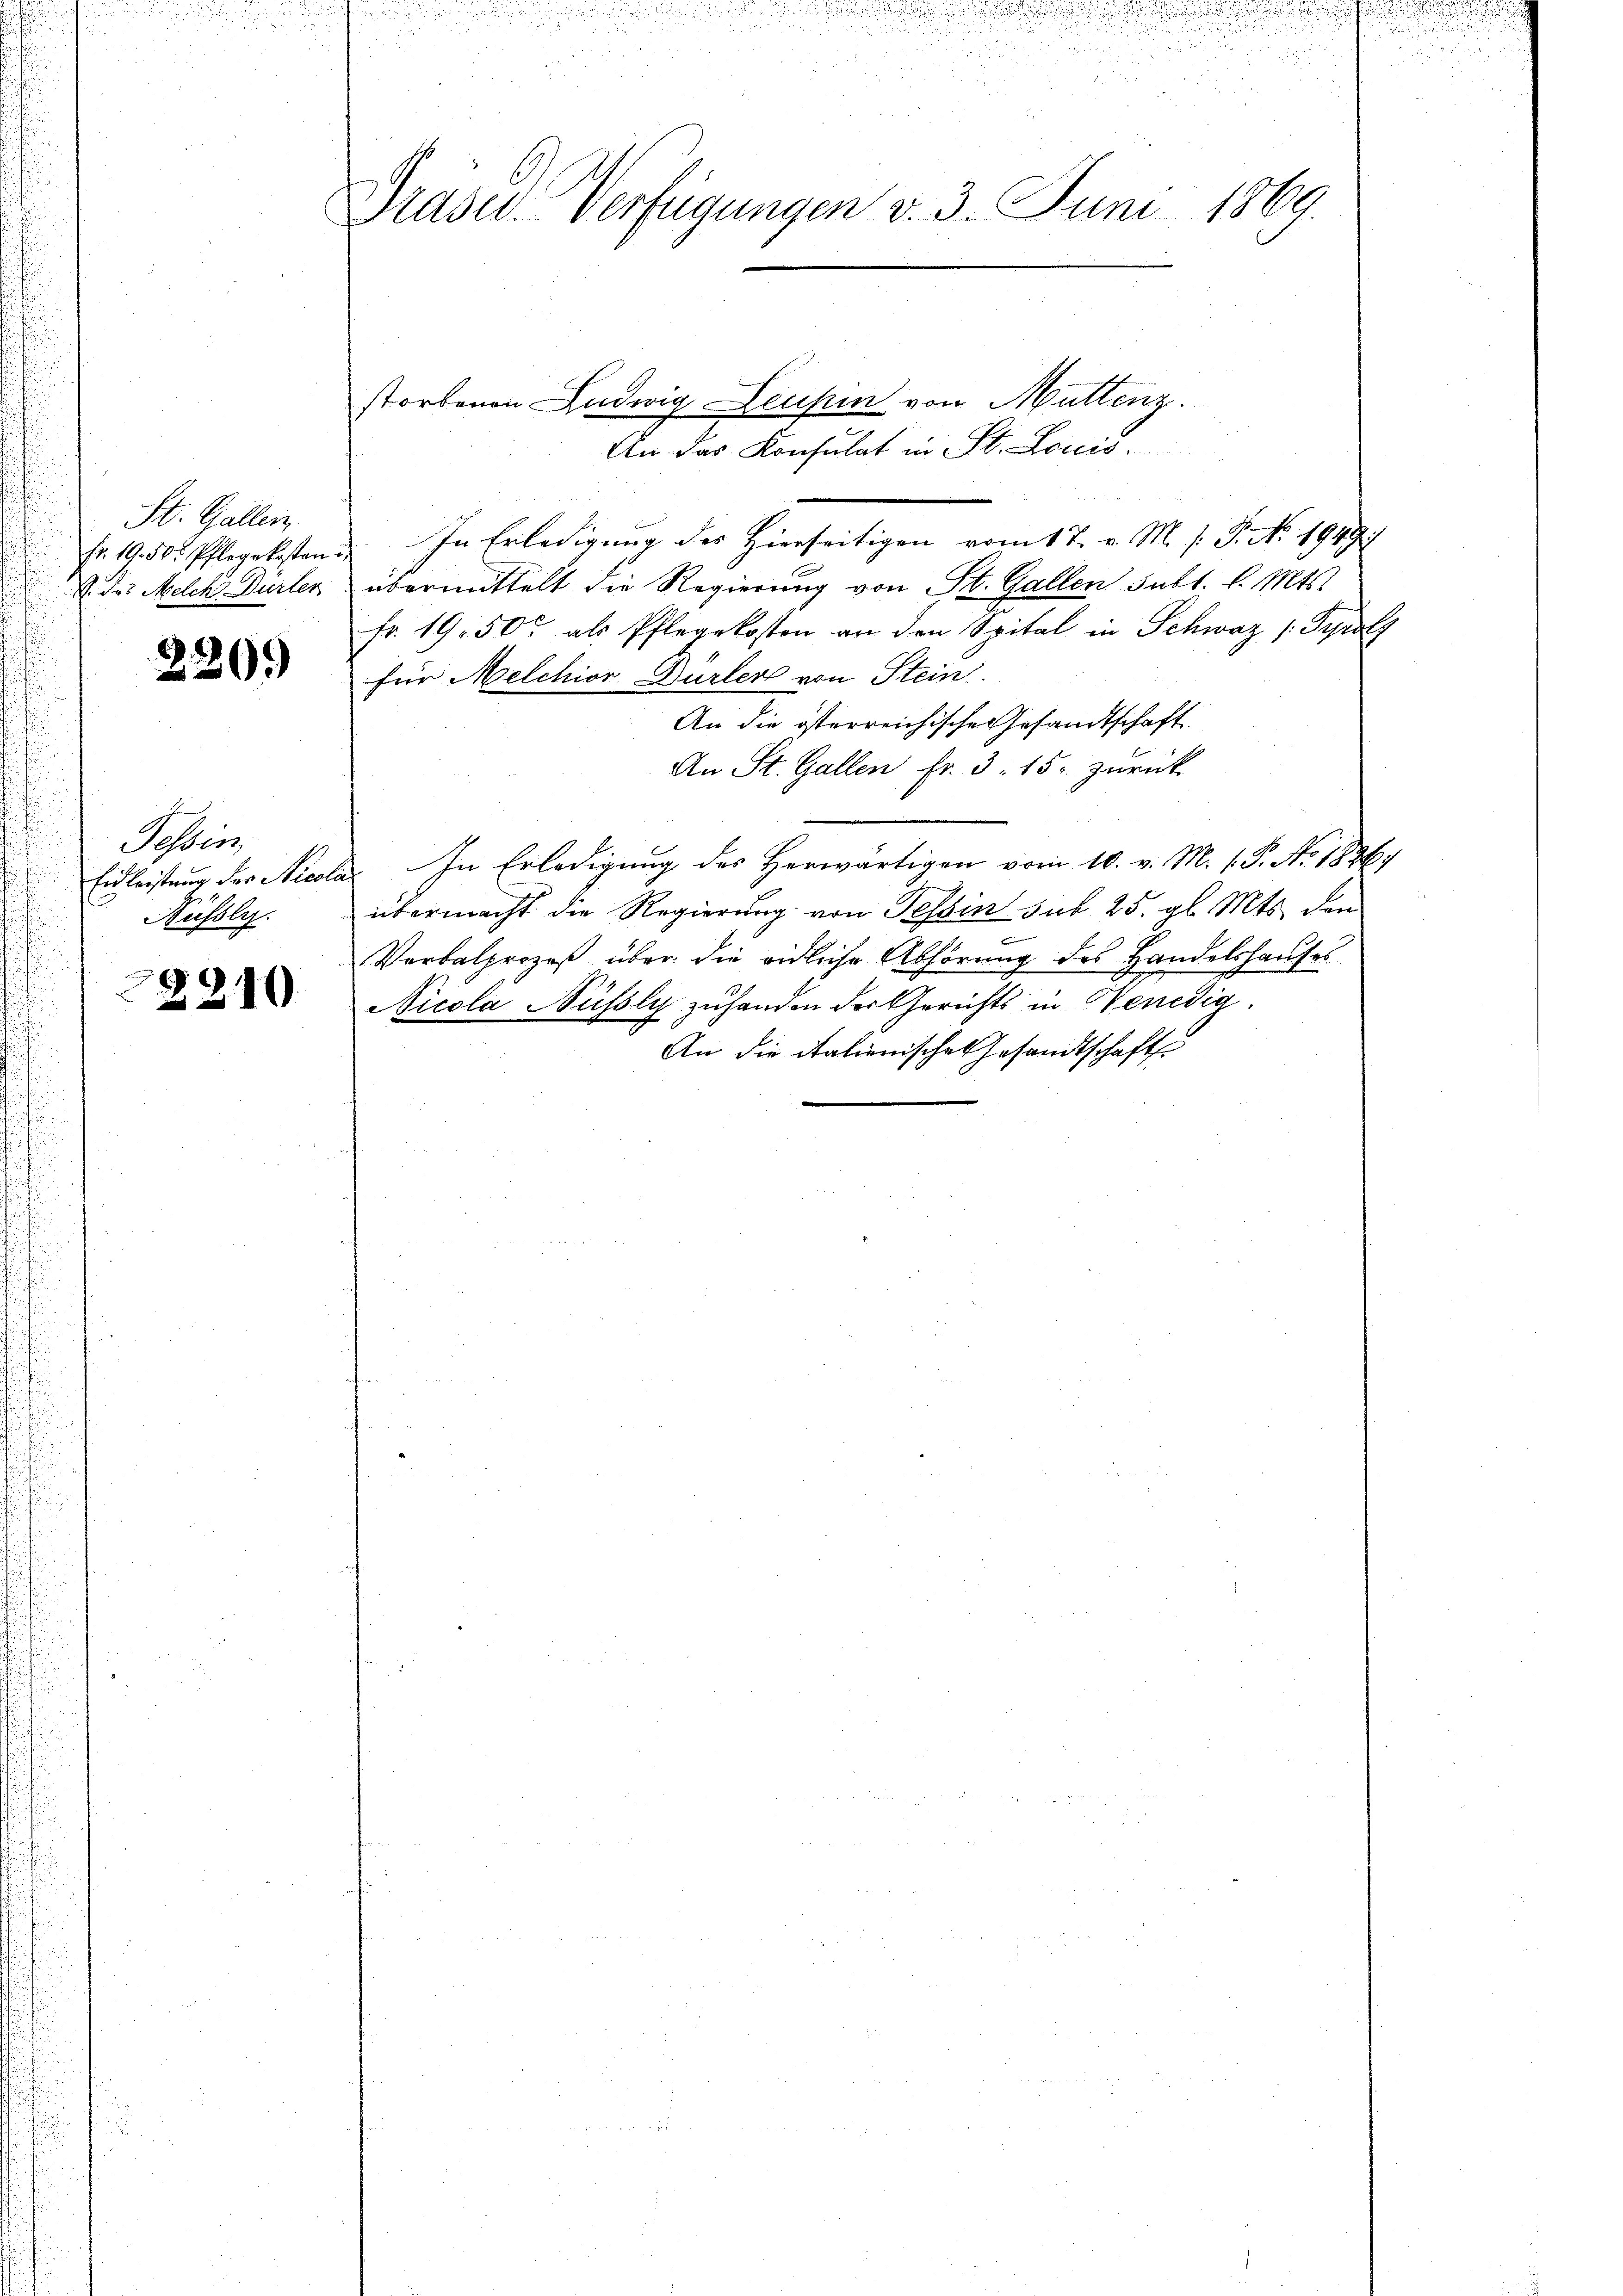
St. Gallen,
fr. 19. 50. Pflegekosten
. des Melch Gurter

220.

Sessens
Hüssly.

22210

u

12 88

n

d

u
2
Prasur. Verfügungen v. 3. Juni 1869.
storbenen Ludwig Leuten von Muttenz.

An das Konsulat in St. Louis

In Erledigung des Hierseitigen vom 17. v. M. s. S. Nr. 1949
übermittelt die Regierung von St. Gallen subt. l. Mts.
fr. 1950 als Pflegekosten an den Spital in Schweiz /: Tyrolz
für Melchior Dürler von Stein.
An die österreichische Gesandtschaft
An St. Gallen fr. 3. 15. zurück
Eidleistung der Nicola. In Erledigung des Herwärtigen vom 10. v. M. P.P. No. 1836.
übermacht die Regierung von Tessin sub 25. gl. Mts. den
Verbalprozeß über die eidliche Abhörung des Handelshauses
Nicola Nussly zuhanden der Gerichts in Benedig
An die italienischen Gesandtschaft